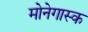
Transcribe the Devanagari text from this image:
मोनेगास्क